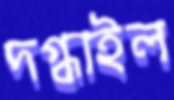
দগ্ধাইল